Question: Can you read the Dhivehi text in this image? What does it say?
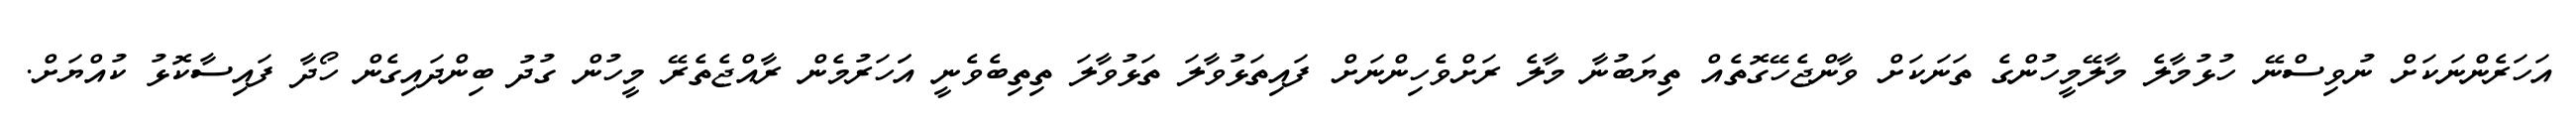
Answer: އަހަރެންނަކަށް ނުވިސްނޭ ހުޅުމާލެ މާލޭމީހުންގެ ތަނަކަށް ވާންޖެހޭގޮތެއް ތިޔަބުނާ މާލެ ރަށްވެހިންނަށް ފައިތަޅުވާލަ ތަޅުވާލަ ތިތިބެވެނީ އަަހަރުމެން ރާއްޖެތެރޭ މީހުން ގުދު ބިންދައިގެން ހޯދާ ފައިސާކޮޅު ކުއްޔަށް.